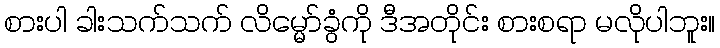
စားပါ ခါးသက်သက် လိမ္မော်ခွံကို ဒီအတိုင်း စားစရာ မလိုပါဘူး။